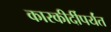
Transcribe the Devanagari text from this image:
कारकीर्दीपर्यंत